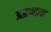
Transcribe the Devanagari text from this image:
अद्धप्पइया